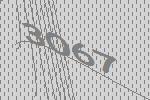
3067